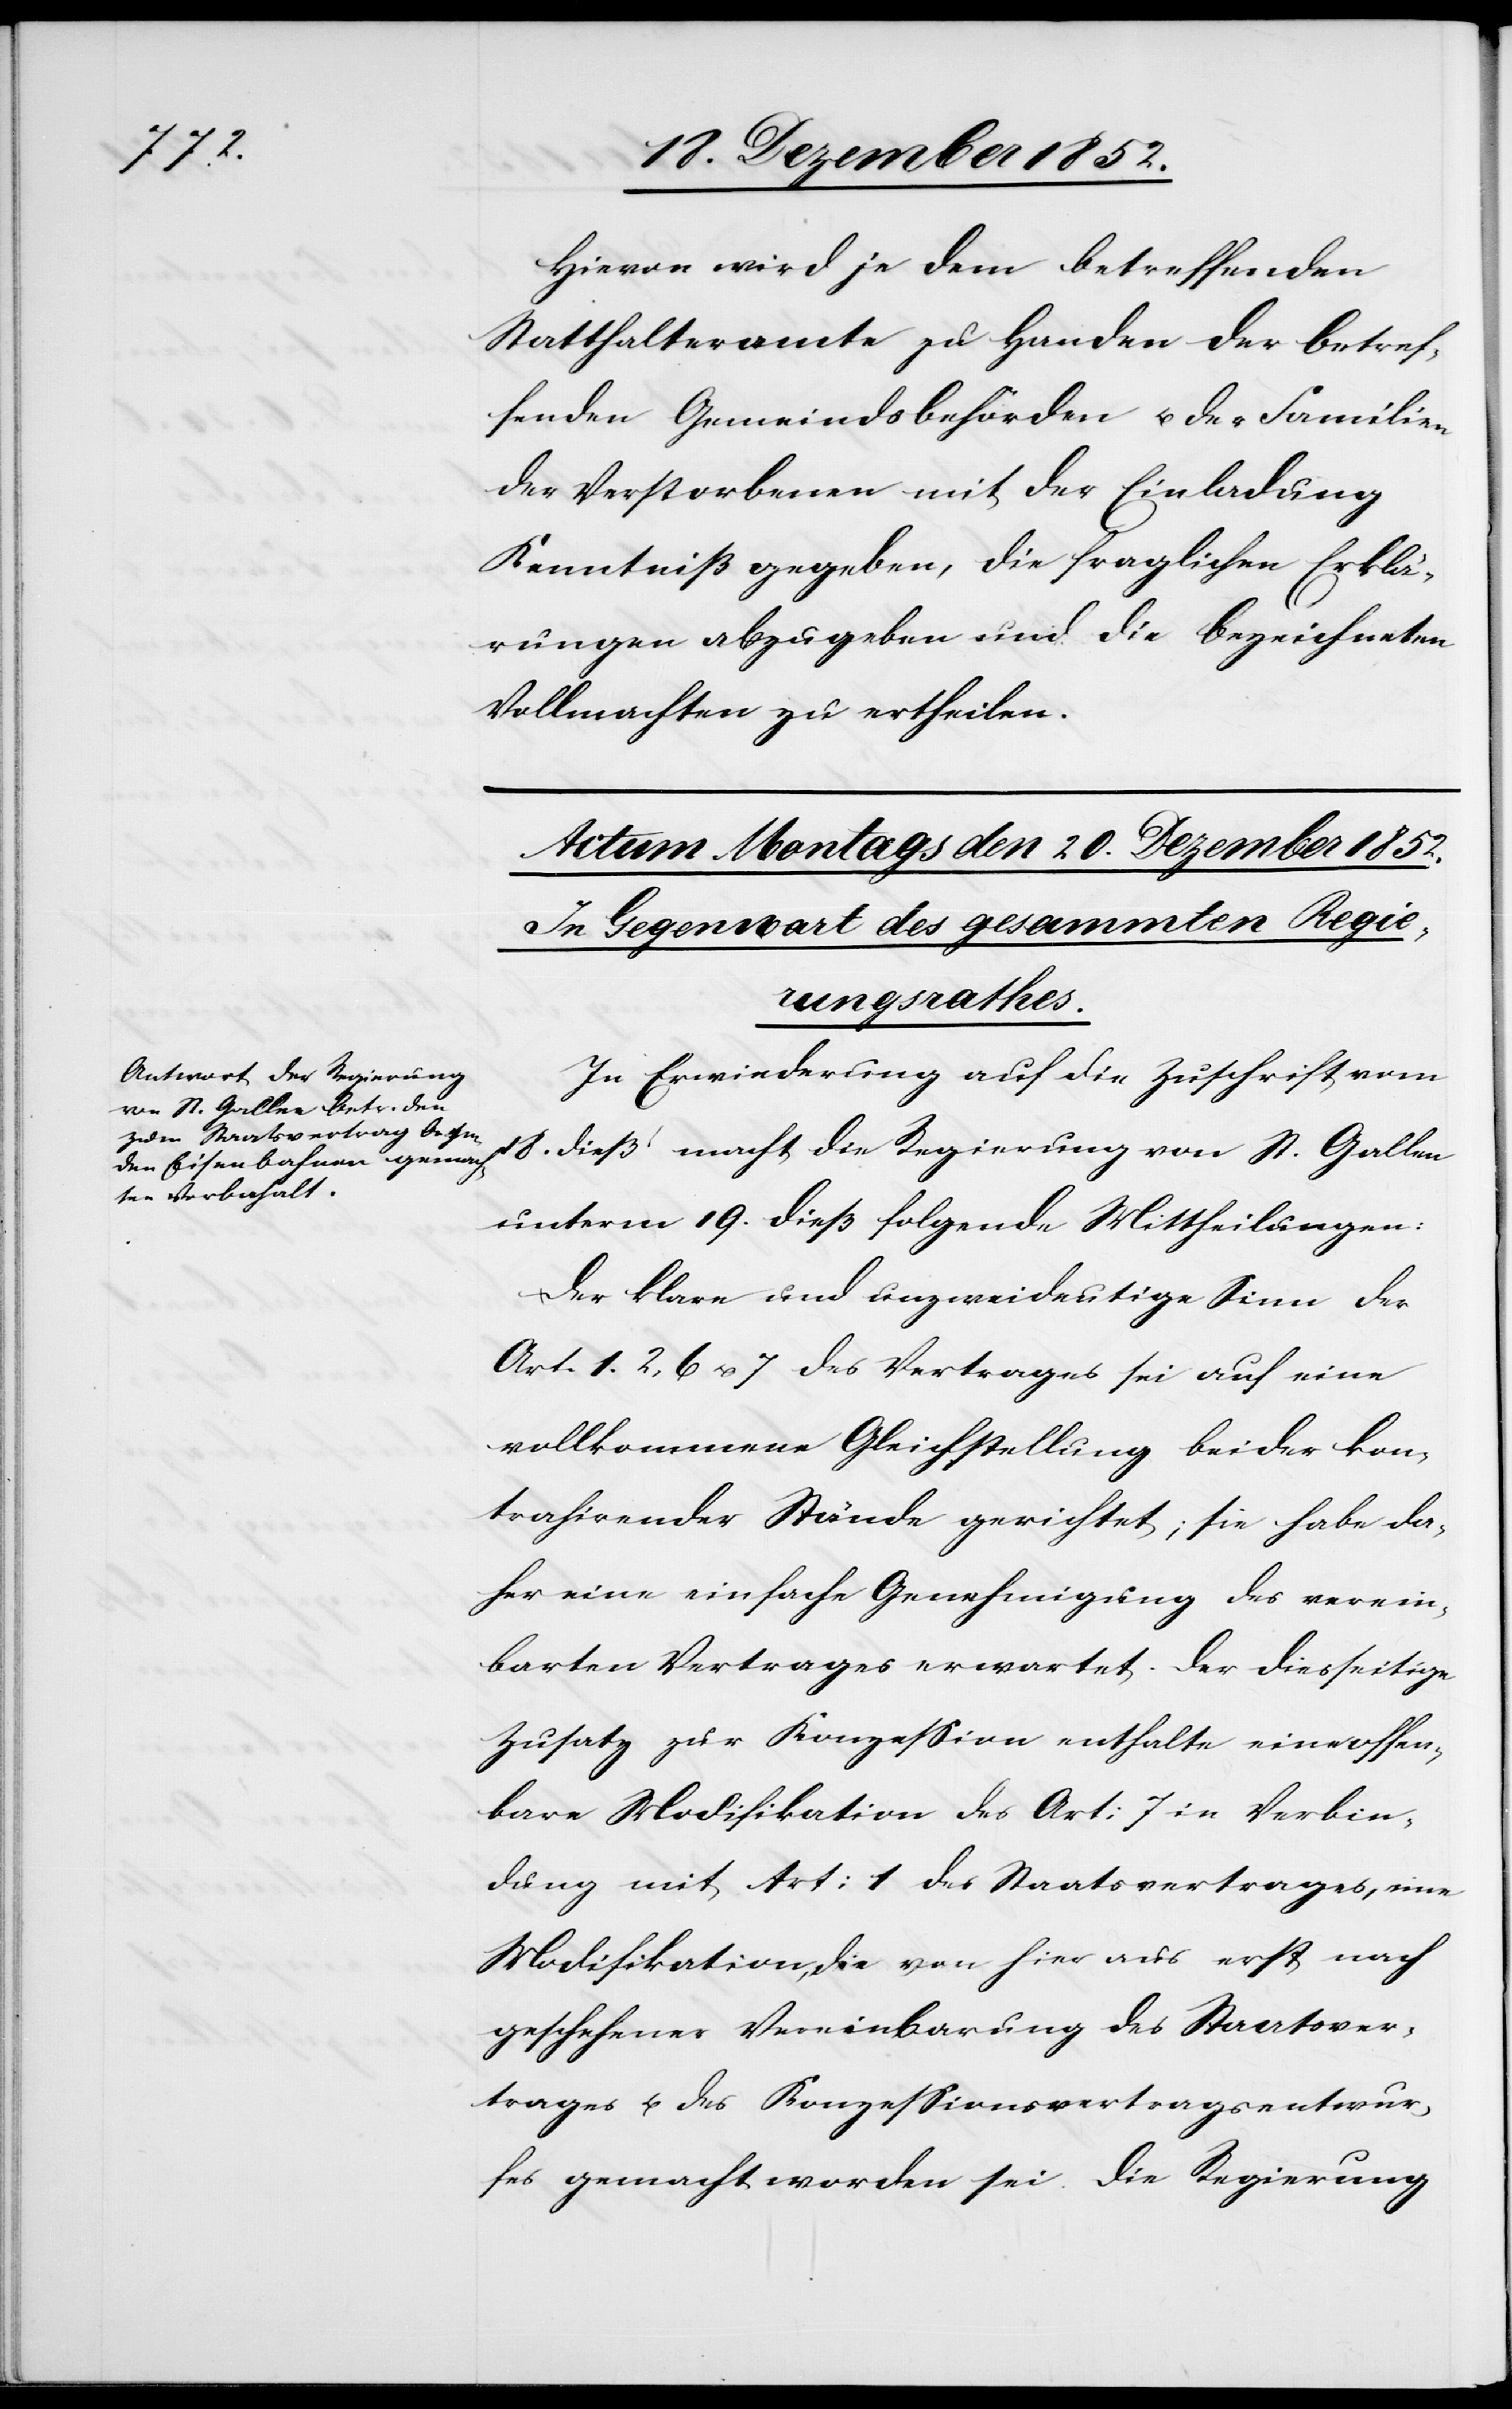
Hievon wird je dem betreffenden
Statthalteramte zu Handen der betref¬
fenden Gemeindsbehörden u. der Familien
der Verstorbenen mit der Einladung
Kenntniß gegeben, die fraglichen Erklä¬
rungen abzugeben und die bezeichneten
Vollmachten zu ertheilen.
In Erwiederung auf die Zuschrift vom
18. dieß macht die Regierung von St. Gallen
unterm 19. dieß folgende Mittheilungen:
Der klare und unzweideutige Sinn der
Art. 1.[,] 2, 6 u. 7 des Vertrages sei auf eine
vollkommene Gleichstellung beider kon¬
trahirender Stände gerichtet; sie habe da¬
her eine einfache Genehmigung des verein¬
barten Vertrages erwartet. Der diesseitige
Zusatz zur Konzession enthalte eine offen¬
bare Modifikation des Art: 7 in Verbin¬
dung mit Art: 1 des Staatsvertrages, eine
Modifikation, die von hier aus erst nach
geschehener Vereinbarung des Staatsver¬
trages u. des Konzessionsvertragsentwur¬
fes gemacht worden sei. Die Regierung